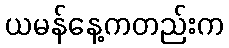
ယမန်နေ့ကတည်းက